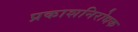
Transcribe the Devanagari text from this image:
प्रकाशनिरोधक